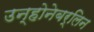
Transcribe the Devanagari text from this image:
उन्होनेबर्लिन